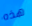
هذه